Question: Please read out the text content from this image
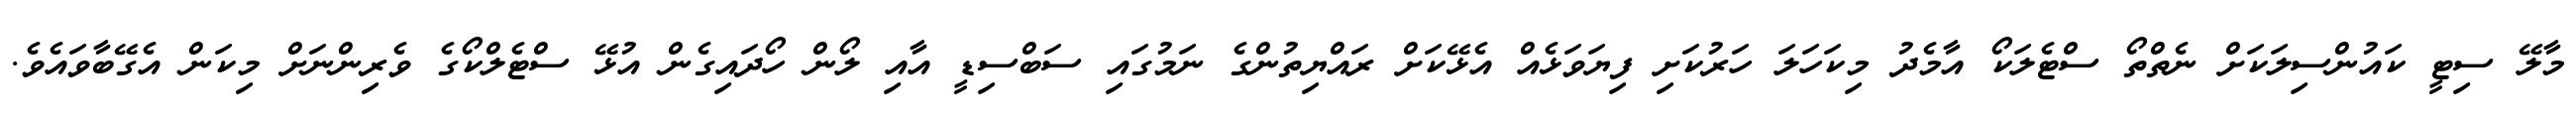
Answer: މާލޭ ސިޓީ ކައުންސިލަކަށް ނެތްތޯ ސްޓެލަކޯ އާމެދު މިކަހަލަ ހަރުކަށި ފިޔަވަޅެއް އެޅޭކަށް ރައްޔިތުންގެ ނަމުގައި ސަބްސިޑީ އާއި ލޯން ހޯދައިގެން އުޅޭ ސްޓެލްކޯގެ ވެރިންނަށް މިކަން އެގޭބާވައެވެ.